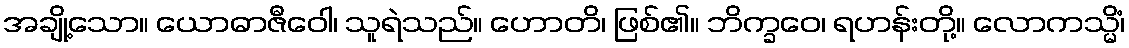
အချို့သော။ ယောဓာဇီဝေါ၊ သူရဲသည်။ ဟောတိ၊ ဖြစ်၏။ ဘိက္ခဝေ၊ ရဟန်းတို့။ လောကသ္မိံ၊